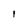
Character: I